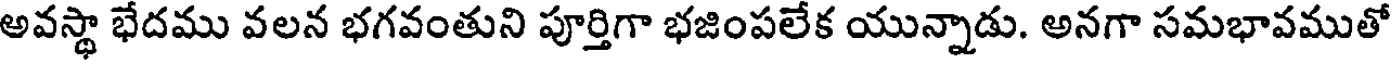
అవస్థా భేదము వలన భగవంతుని పూర్తిగా భజింపలేక యున్నాడు. అనగా సమభావముతో